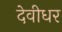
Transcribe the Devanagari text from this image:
देवीधर